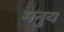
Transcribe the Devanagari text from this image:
मनुय